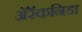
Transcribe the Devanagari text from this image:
अॅरॅकनिडा